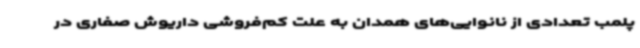
پلمب تعدادی از نانوایی‌های همدان به علت کم‌فروشی داریوش صفاری در